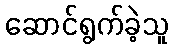
ဆောင်ရွက်ခဲ့သူ